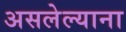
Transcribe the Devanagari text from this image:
असलेल्याना